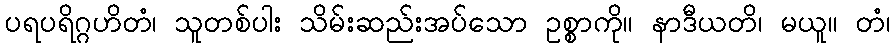
ပရပရိဂ္ဂဟိတံ၊ သူတစ်ပါး သိမ်းဆည်းအပ်သော ဥစ္စာကို။ နာဒီယတိ၊ မယူ။ တံ၊